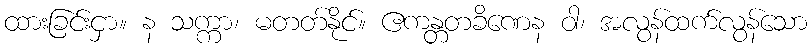
ထားခြင်းငှာ။ န သက္ကာ၊ မတတ်နိုင်။ ဧကန္တတခိဏေန ဝါ၊ အလွန်ထက်လွန်သော